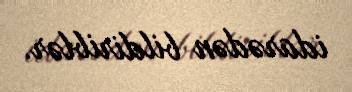
idarədən bildiriblər.